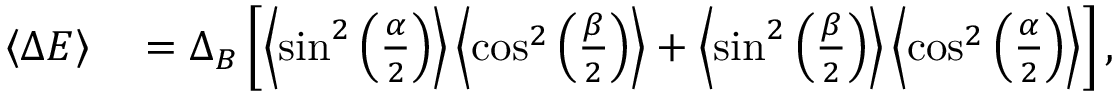
\begin{array} { r l } { \left\langle { \Delta E } \right\rangle } & { { } = \Delta _ { B } \left[ \left\langle { \sin ^ { 2 } \left( \frac { \alpha } { 2 } \right) } \right\rangle \left\langle { \cos ^ { 2 } \left( \frac { \beta } { 2 } \right) } \right\rangle + \left\langle { \sin ^ { 2 } \left( \frac { \beta } { 2 } \right) } \right\rangle \left\langle { \cos ^ { 2 } \left( \frac { \alpha } { 2 } \right) } \right\rangle \right] , } \end{array}